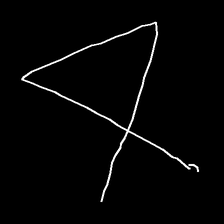
Glyph: collection